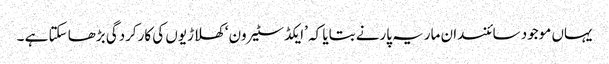
یہاں موجود سائنسدان ماریہ پارنے بتایا کہ ’ایکڈ سٹیرون‘ کھلاڑیوں کی کارکردگی بڑھا سکتا ہے ۔